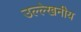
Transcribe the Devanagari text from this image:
उल्‍ल्‍ेखनीय